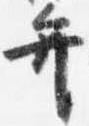
弁